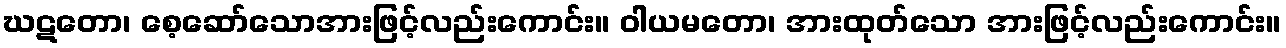
ဃဋတော၊ စေ့ဆော်သောအားဖြင့်လည်းကောင်း။ ဝါယမတော၊ အားထုတ်သော အားဖြင့်လည်းကောင်း။